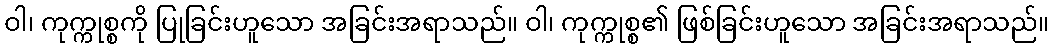
ဝါ၊ ကုက္ကုစ္စကို ပြုခြင်းဟူသော အခြင်းအရာသည်။ ဝါ၊ ကုက္ကုစ္စ၏ ဖြစ်ခြင်းဟူသော အခြင်းအရာသည်။